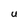
Character: U